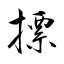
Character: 摽